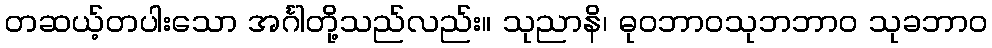
တဆယ့်တပါးသော အင်္ဂါတို့သည်လည်း။ သုညာနိ၊ ဓုဝဘာဝသုဘဘာဝ သုခဘာဝ